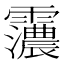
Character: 𮦽